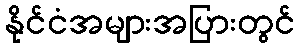
နိုင်ငံအများအပြားတွင်